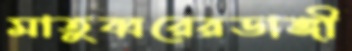
মাতুব্বরেরডাঙ্গী